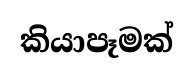
කියාපෑමක්